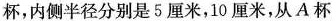
杯，内侧半径分别是5厘米，10厘米，从A杯